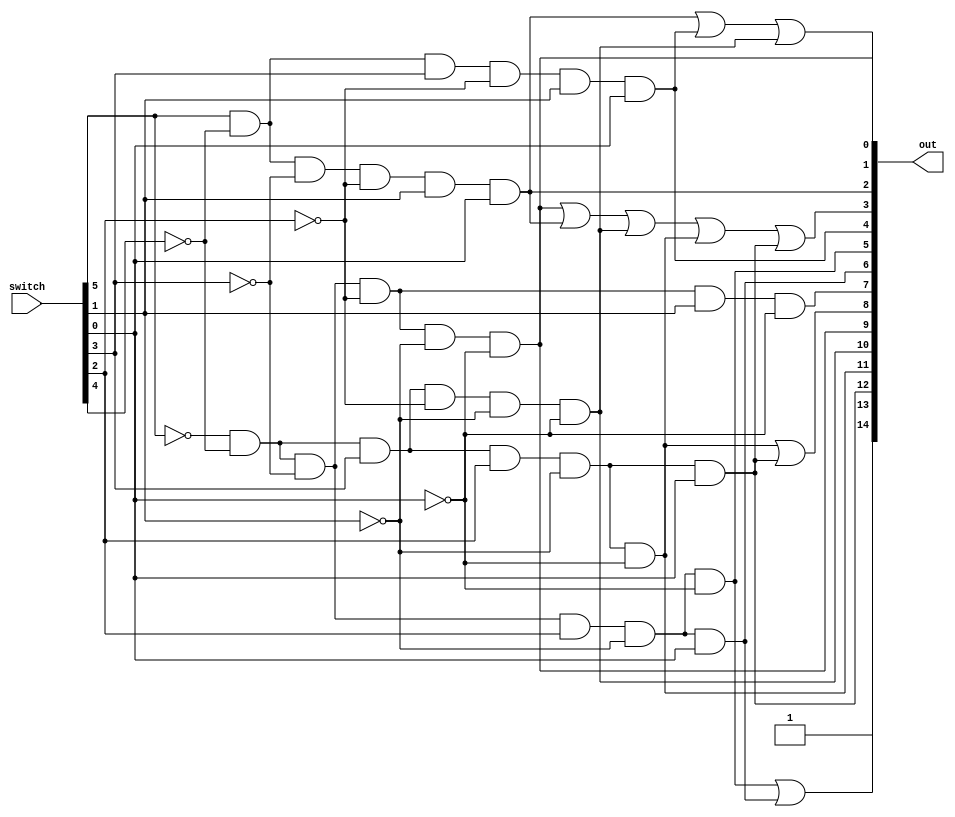
`timescale 1ns / 1ps
//////////////////////////////////////////////////////////////////////////////////
// Company: 
// Engineer: 
// 
// Design Name: 
// Module Name:    pipeController 
// ProJect Name: 
// Target Devices: 
// Tool versions: 
// Description: 
//
// Dependencies: 
//
// Revision: 
// Revision 0.01 - File Created
// ADDItional Comments: 
//
//////////////////////////////////////////////////////////////////////////////////
module pipeController(
input [5:0]switch, 
output [14:0]out
);
	wire LW,SW,ADDI,ANDI,ORI,BNE,BEQ,J,R;
	
	and(LW,switch[5],~switch[4],~switch[3],~switch[2],switch[1],switch[0]);
	and(SW,switch[5],~switch[4],switch[3],~switch[2],switch[1],switch[0]);
	and(ADDI,~switch[5],~switch[4],switch[3],~switch[2],~switch[1],~switch[0]);
	and(ANDI,~switch[5],~switch[4],switch[3],switch[2],~switch[1],~switch[0]);
	and(ORI,~switch[5],~switch[4],switch[3],switch[2],~switch[1],switch[0]);
	and(BNE,~switch[5],~switch[4],~switch[3],switch[2],~switch[1],switch[0]);
	and(BEQ,~switch[5],~switch[4],~switch[3],switch[2],~switch[1],~switch[0]);
	and(J,~switch[5],~switch[4],~switch[3],~switch[2],switch[1],~switch[0]);
	and(R,~switch[5],~switch[4],~switch[3],~switch[2],~switch[1],~switch[0]);
	assign out[0]=R; // R-type
	assign out[1]=LW||SW||ADDI;// ALUsrc
	assign out[2]=LW; // write data from mem to reg
	assign out[3]=R||LW||ADDI||ANDI||ORI; // wirte reg
	assign out[4]=SW; // save data to mem
	assign out[5]=BEQ; // branch
	assign out[6]=BNE; //
	assign out[7]=J; // jump
	assign out[8]=ANDI||ORI;//arusrc high bit 
	assign out[9]=R;
	assign out[10]=ADDI;
	assign out[11]=ANDI;
	assign out[12]=ORI;
	assign out[13]=BEQ||BNE;
	assign out[14]=1; //write pc
endmodule